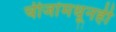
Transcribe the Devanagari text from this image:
चीजांमधूनही